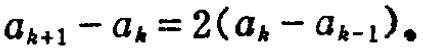
\(a_{k + 1} - a_{k} = 2(a_{k} - a_{k - 1})\)